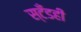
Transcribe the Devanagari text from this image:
स्टँडही